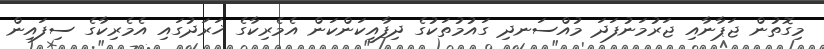
މިގޮތުން ޖަޕާނާއި ޖަރުމަނުފަދަ މުއްސަނދި ގައުމުތަކުގެ ދިފާއީކަންކަން އެމެރިކާގެ ޚަރަދުގައި އެމެރިކާގެ ސިފައިން